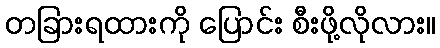
တခြားရထားကို ပြောင်း စီးဖို့လိုလား။